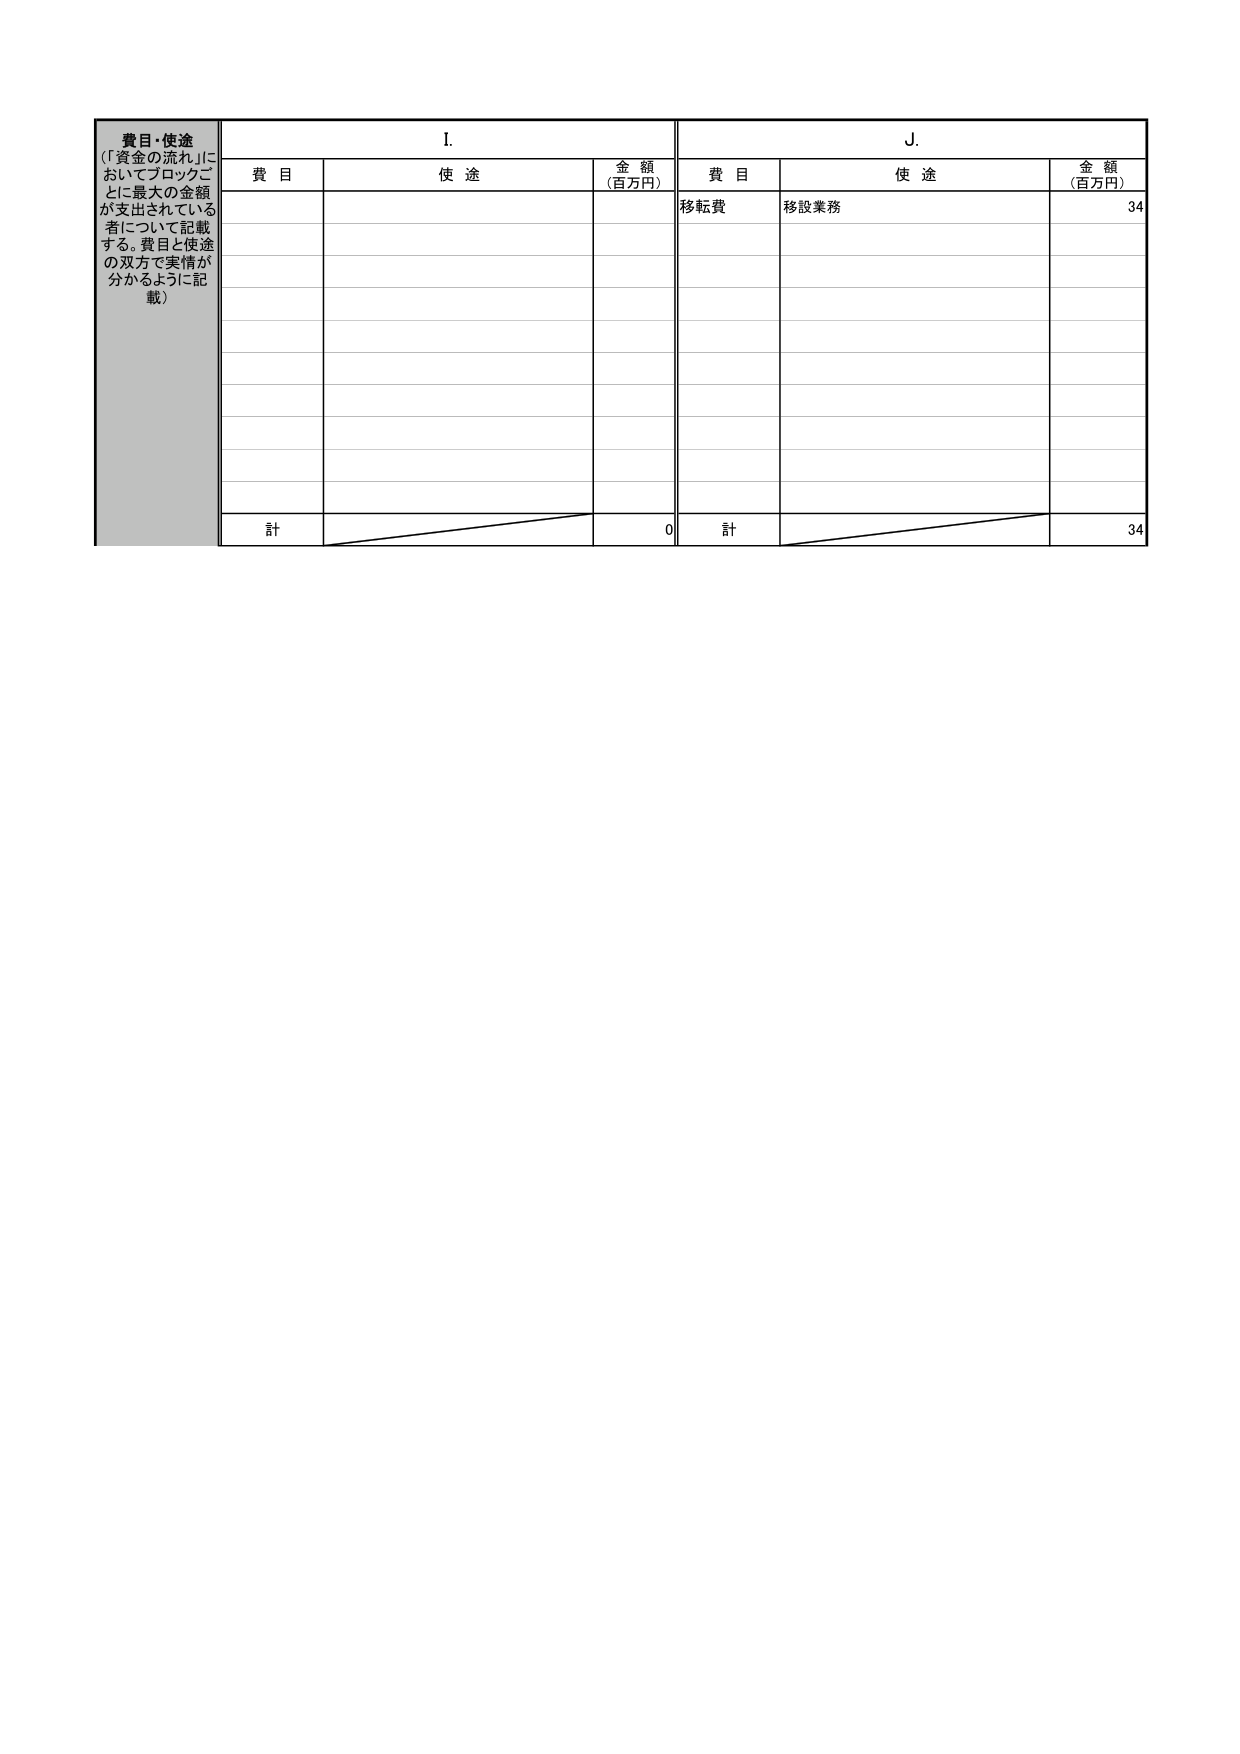
費目・使途
（「資金の流れ」においてブロックごとに最大の金額が支出されている者について記載する。費目と使途の双方で実情が分かるように記載）

I.
費目　　使途　　金額（百万円）

J.
費目　　使途　　金額（百万円）

移転費　　移設業務　　34

計　　　　　　　　　　0
計　　　　　　　　　　34